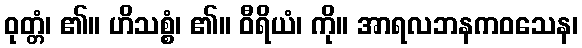
ဝုတ္တံ၊ ၏။ ဟိသစ္စံ၊ ၏။ ဝီရိယံ၊ ကို။ အာရလဘနကဝသေန၊